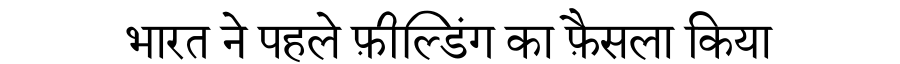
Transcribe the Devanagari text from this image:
भारत ने पहले फ़ील्डिंग का फ़ैसला किया